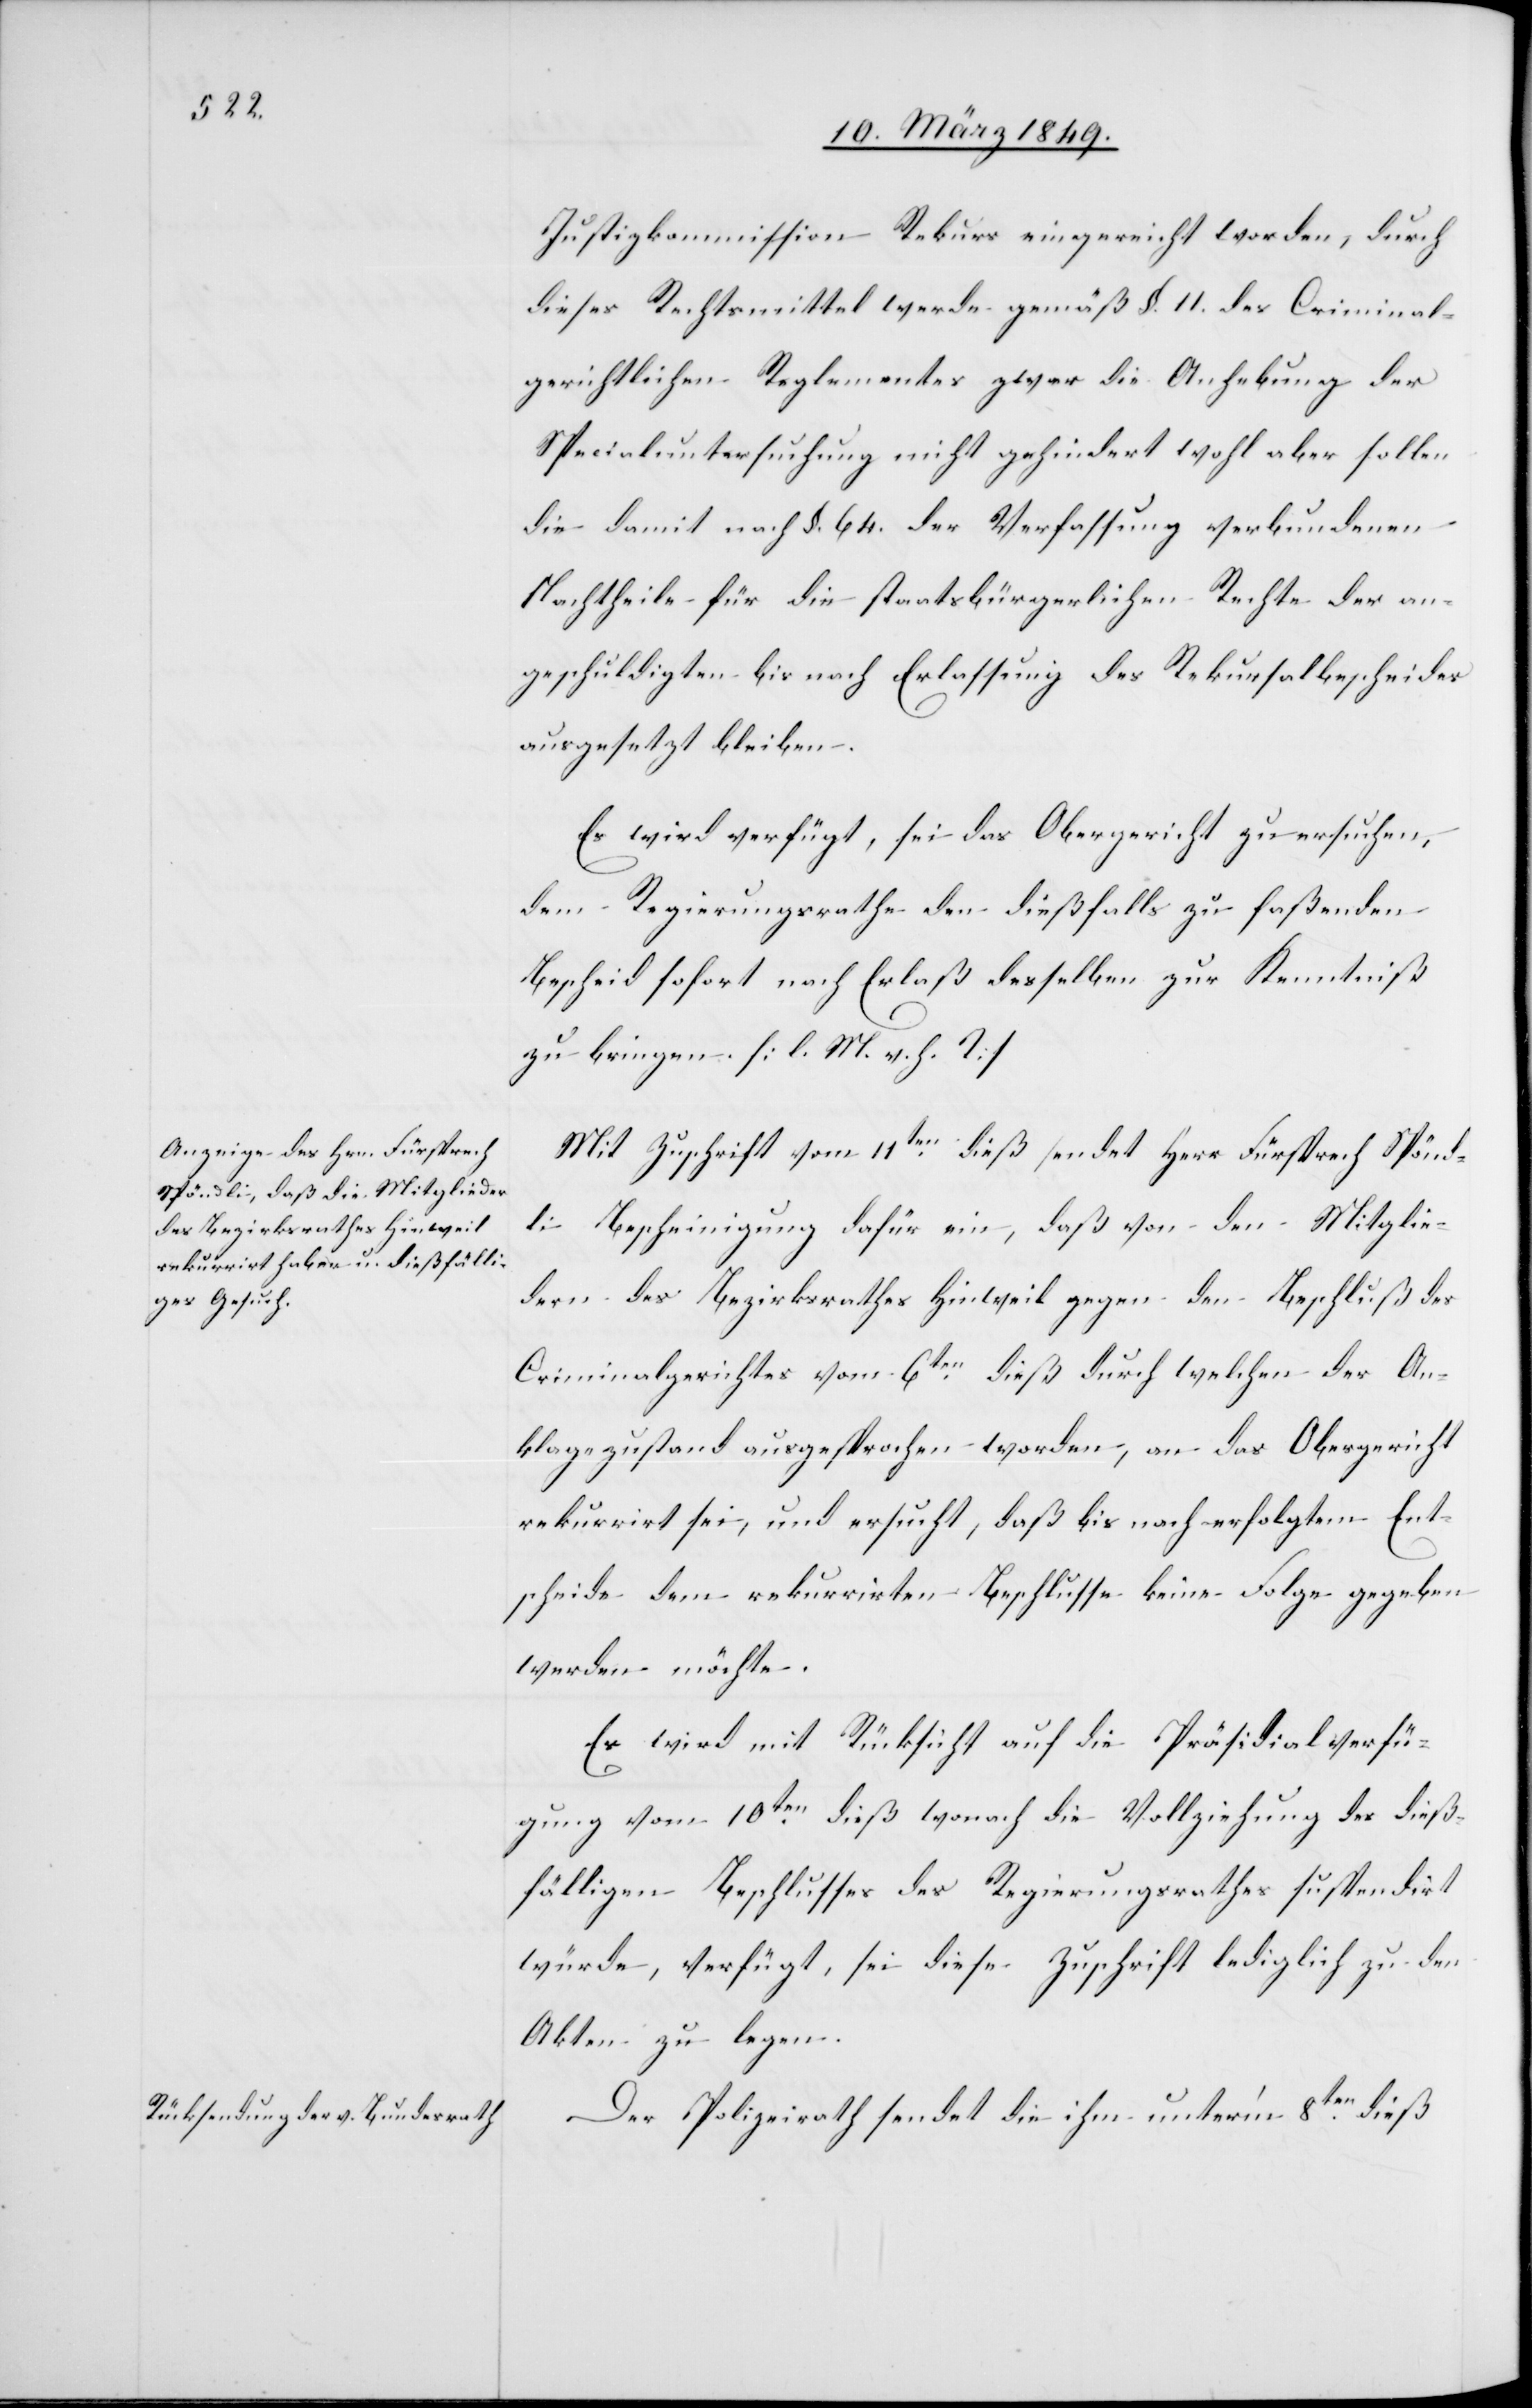
12. März 1849.]
Justizkommission Rekurs eingereicht worden, durch
dieses Rechtsmittel werde gemäß §. 11. des Criminal¬
gerichtlichen Reglementes zwar die Anhebung der
Specialuntersuchung nicht gehindert wohl aber sollen
die damit nach §. 64. der Verfassung verbundenen
Nachtheile für die staatsbürgerlichen Rechte der an¬
geschuldigten bis nach Erlassung des Rekursalbescheides
ausgesetzt bleiben.
Es wird verfügt, sei das Criminalgericht zu ersuchen,
dem Regierungsrathe den dießfalls zu faßenden
Bescheid sofort nach Erlaß desselben zur Kenntniß
zu bringen. [l. M. v. h. T]
Mit Zuschrift vom 11ten. dieß sendet Herr Fürsprech Spönd¬
li Bescheinigung dafür ein, daß von den Mitglie¬
dern des Bezirksrathes Hinweil gegen den Beschluß des
Criminalgerichtes vom 6ten. dieß durch welchen der An¬
klagezustand ausgesprochen worden, an das Obergericht
rekurrirt sei, und ersucht, daß bis nach erfolgtem Ent¬
scheide dem rekurrirten Beschlusse keine Folge gegeben
werden möchte.
Es wird mit Rücksicht auf die Präsidialverfü¬
gung vom 10ten. dieß wonach die Vollziehung des dieß¬
fälligen Beschlusses des Regierungsrathes suspendirt
würde, verfügt, sei diese Zuschrift lediglich zu den
Akten zu legen.
Der Polizeirath sendet die ihm unter’m 8ten. dieß